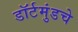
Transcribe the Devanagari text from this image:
डॉर्टमुंडचे